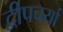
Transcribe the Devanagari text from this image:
द्वीपचर्या